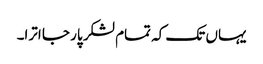
یہاں تک کہ تمام لشکر پار جا اترا۔